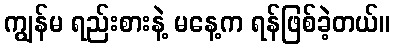
ကျွန်မ ရည်းစားနဲ့ မနေ့က ရန်ဖြစ်ခဲ့တယ်။